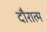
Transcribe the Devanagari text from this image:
दौरात्म